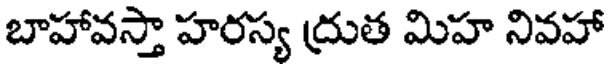
బాహావస్తా హరస్య ద్రుత మిహ నివహా